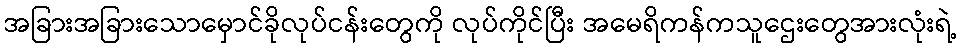
အခြားအခြားသောမှောင်ခိုလုပ်ငန်းတွေကို လုပ်ကိုင်ပြီး အမေရိကန်ကသူဌေးတွေအားလုံးရဲ့